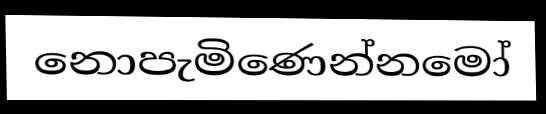
නොපැමිණෙන්නමෝ